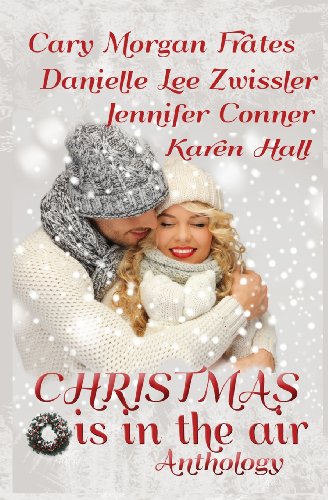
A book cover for Christmas is in the Air; Cary Morgan Frates; Romance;